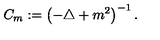
C _ { m } : = \left( - \triangle + m ^ { 2 } \right) ^ { - 1 } .